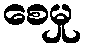
စေမှု